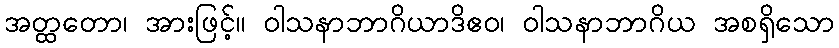
အတ္ထတော၊ အားဖြင့်။ ဝါသနာဘာဂိယာဒိဧဝ၊ ဝါသနာဘာဂိယ အစရှိသော